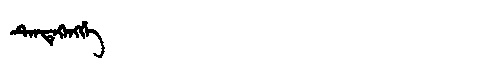
Manchu: ᡨᡝᠨᡨᡝᡴᡝᠩᡤᡝ
Romanization: TENTEKENGGE